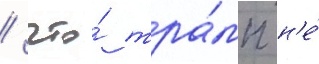
/ что́ тра́мп н'е́